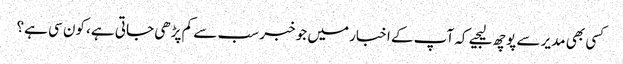
کسی بھی مدیر سے پوچھ لیجیے کہ آپ کے اخبار میں جو خبر سب سے کم پڑھی جاتی ہے، کون سی ہے؟